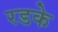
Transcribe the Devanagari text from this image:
रडके